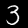
Label: 3